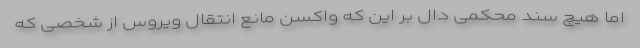
اما هیچ سند محکمی دال بر این که واکسن مانع انتقال ویروس از شخصی که